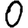
Digit: 0